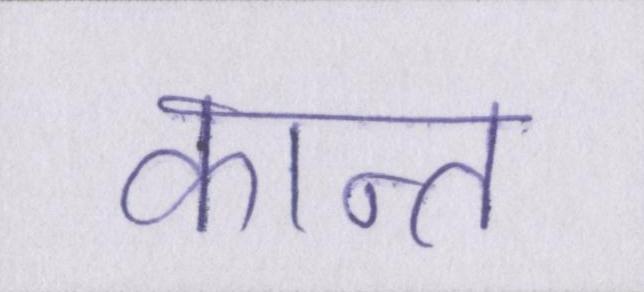
कान्त